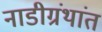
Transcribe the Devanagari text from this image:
नाडीग्रंथांत